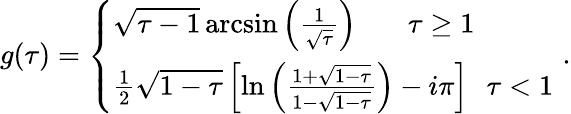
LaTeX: g(\tau)=\left\{ \begin{array}{l}{{\sqrt{\tau-1}\, \mathrm{arcsin}\left(\frac{1}{\sqrt{\tau}}\right)\, \, \, \, \, \, \, \, \, \, \, \tau\geq 1}}\\ {{\frac{1}{2}\sqrt{1-\tau}\left[\mathrm{ln}\left(\frac{1+\sqrt{1-\tau}}{1-\sqrt{1-\tau}}\right)-i\pi\right]\, \, \, \, \tau<1}}\end{array}\right.\, \, .